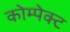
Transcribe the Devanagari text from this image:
कोम्पेक्ट